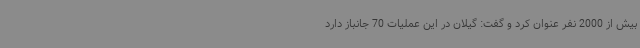
بیش از 2000 نفر عنوان کرد و گفت: گیلان در این عملیات 70 جانباز دارد